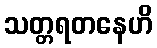
သတ္တရတနေဟိ